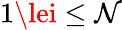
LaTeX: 1\lei\le\mathcal{N}